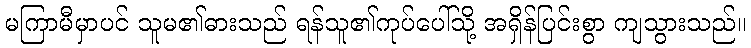
မကြာမီမှာပင် သူမ၏ဓားသည် ရန်သူ၏ကုပ်ပေါ်သို့ အရှိန်ပြင်းစွာ ကျသွားသည်။